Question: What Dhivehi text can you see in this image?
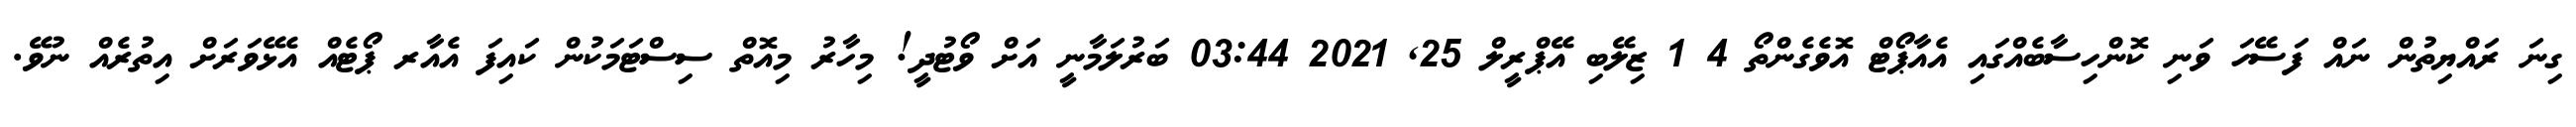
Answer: ގިނަ ރައްޔިތުން ނައް ފަސޭހަ ވަނި ކޮންހިސާބެއްގައި އެއާޕޯޓް އޮވެގެންތޯ 4 1 ޒިލޭބި އޭޕްރީލް 25, 2021 03:44 ބަރުލަމާނީ އަށް ވޯޓުދީ! މިހާރު މިއޮތް ސިސްޓަމަކުން ކައިފަ އެއާރ ޕޯޓެއް އެޅޭވަރަށް އިތުރެއް ނުވޭ.